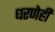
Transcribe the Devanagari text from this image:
धरणेही